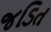
જડિત